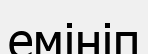
емініп